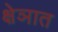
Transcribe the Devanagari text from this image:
क्षेञात